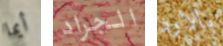
أيما الجراد بالارد